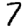
Digit: 7